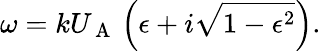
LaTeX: \omega=kU_{\mathrm{~A~}}\left(\epsilon+i\sqrt{1-\epsilon^{2}}\right).